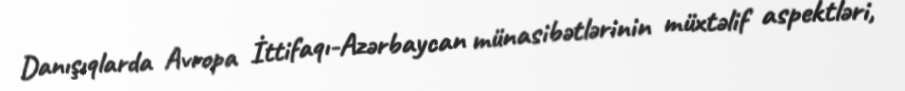
Danışıqlarda Avropa İttifaqı-Azərbaycan münasibətlərinin müxtəlif aspektləri,